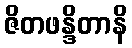
ဇိတဖန္ဒိတာနိ